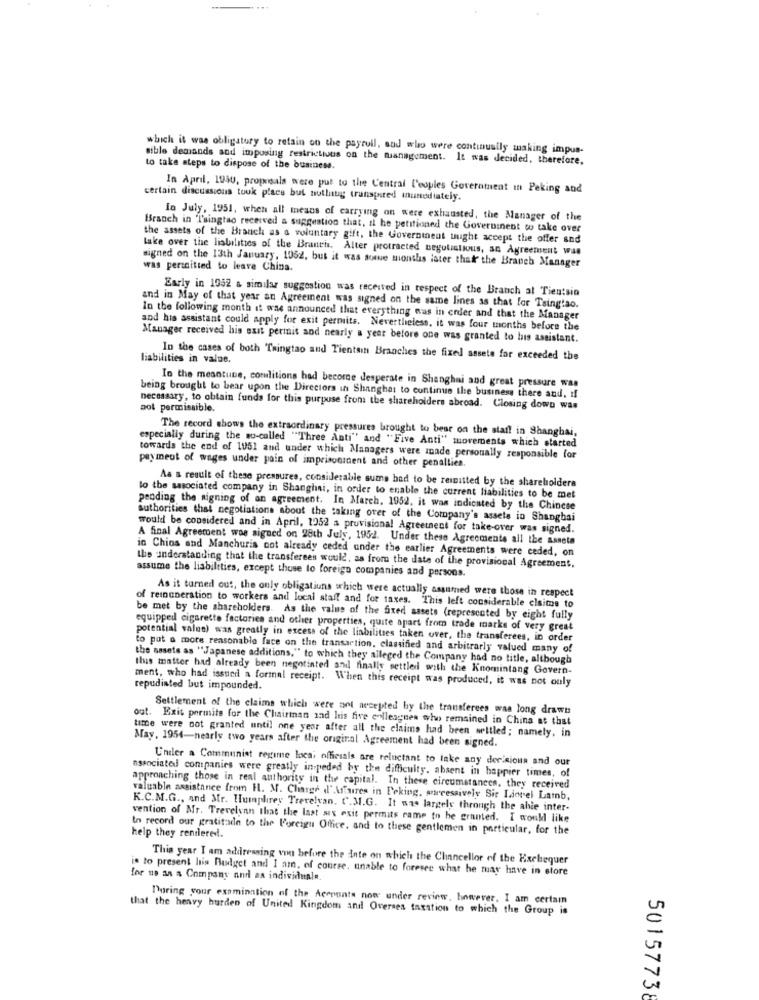
which it was obligatory to retain on the payroll, sad who were continually making impus-
sible demands and imposing restrictions on the management. It was decided, therefore,
to take steps to dispose of the business.
In April, 1950, proposals were put to the Central l'eoules Government In Peking and
certain discussions took place but nuthug transpired inunediately.
la July, 1951, when all means of carrying on were exhausted, the Manager of the
Branch in Tsingtao received a suggestion that, if he petitioned the Governinent woo take over
the assets of the Brauch as a voluntary gift, the Government uught accept the offer and
lake over the liabilities of the Branch, Alter protracted negotiations, an Agreement wue
signed on the 13th January, 1062, but it was some months later that the Branch Manager
was permitted to leave China.
Early in 1952 a similar suggestion was received in respect of the Branch at Tientsin
and in May of that year an Agreement was signed on the same lines as that for Tsingtao.
In the following month it was announced that everything was in order and that the Manager
and his assistant could apply for exit permits. Nevertheless, it was four months before the
Manager received his exit permit and nearly a year before one was granted to his assistant.
liabilities in value.
In the cases of both "Taingtao and Tientain Branches the fixed assets for exceeded the
In the meantune, conditions had become desperate in Shanghai and great pressure was
being brought to bear upon the Directors in Shanghat to continue the business there and, if
pot permissible.
necessary, to obtain funds for this purpose from the shareholders abroad. Closing down was
The record shows the extraordinary pressures brought to bear on the star! in Shanghai,
especially during the so-called ""Three Anti"" and "Five Anti" movements which started
towards the end of 1951 and under which Managers were made personally responsible for
payment of wages under pain of imprisonment and other penalties.
As a result of these pressures, considerable sums bad to be remitted by the shareholders
to the associated company in Shanghai, in order to enable the current liabilities to be met
pending the signing of an agreement. In March, 1952, it was indicated by the Chinese
authorities that negotiations about the taking over of the Company's assets in Shanghai
would be considered and in April, 1952 a provisional Agreement for take-over was signed.
A final Agreement was signed on 28th July, 1952. Under these Agreements all the assets
in Chios and Manchuris not already ceded under the earlier Agreements were ceded, on
assume the liabilities, except those to foreign companies and persons.
the understanding that the transferees would, as from the date of the provisional Agreement,
As it turned out, the only obligatiuns which were actually assumed were those in respect
of remuneration to workers and local staff and for taxes. This left considerable claims to
be met by the shareholders. As the value of the fixed assets (represented by eight fully
equipped cigarette factories and other properties, quite apart from trade marks of very great
potential value) was greatly in excess of the liabilities taken over, the transferees, in order
to put a more reasonable face on the transaction, classified and arbitrarly valued many of
the sasets as "Japanese additions," to which they alleged the Company had no title, although
this matter had already been negotinted and finally settled with the Knomintang Govern-
ment, who had issued a formal receipt. When this receipt was produced, it was not only
repudiated but impounded.
Settlement of the claims which were not accepted by the transferees waa long drawn
out. Exit permite for the Chairman and his five colleagnes who remained in China at that
time were not granted until one year after all the claims had been settled; namely, in
May, 1954-nearly two years after the original Agreement had been signed.
Under a Communist regime local officials are reluctant to take any der sious and our
associated companies were greatly in peded by the difficulty. absent in happier times, of
approaching those in real authority in the capital. In these circumstances, they received
valuable assistance from H. M. Charge d'Affaires in Peking. wowreessively Sir Lionel Lamb,
K.C.M.G ., and Mr. Humphrey Trevelyan. C.M.G. It was largely through the ahie inter-
vention of Mr. Trevelyan that the last six exit permits came to be granted. I would like
In record our gratitude to the Foreign Office, and to these gentlemen in particular, for the
help they rendered.
This year I am addressing von before the inte on which the Chancellor of the Exchequer
is to present his Budget and I am. of course. unable to foresee what he may have in store
for us an a Company and an individuale.
During your examination of the Accounts now under review, however, I am certam
that the heavy burden of United Kingdom and Overses taxation to which the Group is
50157738